Madras plague regulations in force outside the Presidency town - Volume 7
Disease focus: Plague
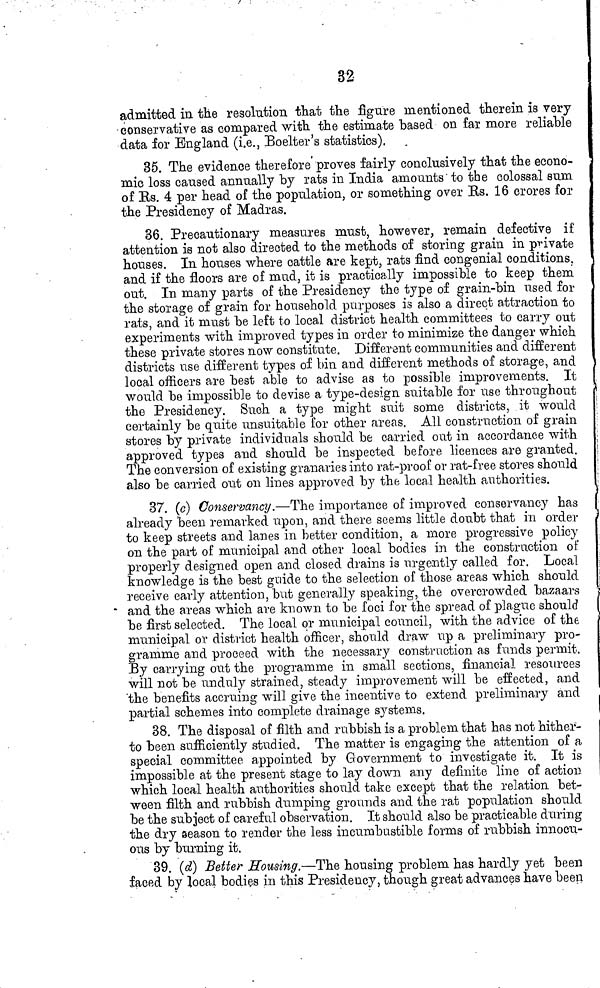
32
admitted in the resolution that the figure mentioned therein is very
conservative as compared with the estimate "based on far more reliable
data for England (i.e., Boelter's statistics).
35. The evidence therefore' proves fairly conclusively that the econo-
mic loss caused annually by rats in India amounts' to the colossal sum.
of Us. 4 per head of the population, or something over Us. 16 crores for
the Presidency of Madras.
36. Precautionary measures must, however, remain defective if
attention is not also directed to the methods of storing grain in private
houses. In houses where cattle are kept, rats find congenial conditions,
and if the floors are of mud, it is practically impossible to keep them
out. In many parts of the Presidency the type of grain-bin used for
the storage of grain for household purposes is also a direct attraction to
rats, and it must be left to local district health committees to carry out
experiments with improved types in order to minimize the danger which
these private stores now constitute. Different communities and different
districts use different types of bin and different methods of storage, and
local ofiicers are best able to advise as to possible improvements. It
would be impossible to devise a type-design suitable for use throughout
the Presidency. Such a type might suit some districts, it would
certainly be quite unsuitable for other areas. All construction of grain
stores by private individuals should be carried oat in accordance with
approved types and should be inspected before licences are granted.
The conversion of existing granaries into rat-proof or rat-free stores should
also be carried out on lines approved by the local health authorities.
37. (c) Conservancy.—The importance of improved conservancy has
already been remarked upon, and there seems little doubt that in order
to keep streets and lanes in better condition, a more progressive policy
on the part of municipal and other local bodies in the construction of
properly designed open and closed drains is urgently called for. Local
knowledge is the best guide to the selection of those areas which should
receive early attention, but generally speaking, the overcrowded bazaars
• and the areas which are known to be foci for the spread of plague should
be first selected. The local or municipal council, with the advice of the
municipal or district health officer, should draw up a preliminary pro-
gramme and proceed with the necessary construction as funds permit.
By carrying out the programme in small sections, financial resources
will not be unduly strained, steady improvement will be effected, and
"the benefits accruing will give the incentive to extend preliminary and
partial schemes into complete drainage systems.
38. The disposal of filth and rubbish is a problem that has not hither-
to been sufficiently studied. The matter is engaging the attention of a
special committee appointed by Government to investigate it. It is
impossible at the present stage to lay down any definite line of action
which local health authorities should take except that the relation bet-
ween filth and rubbish dumping grounds and the rat population should
be the subject of careful observation. It should also be practicable during
the dry season to render the less incumbustible forms of rubbish innocu-
ous by burning it.
39. (d} Setter Housing.—The housing problem has hardly yet been
faced by local bodies in this Presidency, though great advances have been